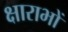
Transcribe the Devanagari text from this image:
क्षाराभों